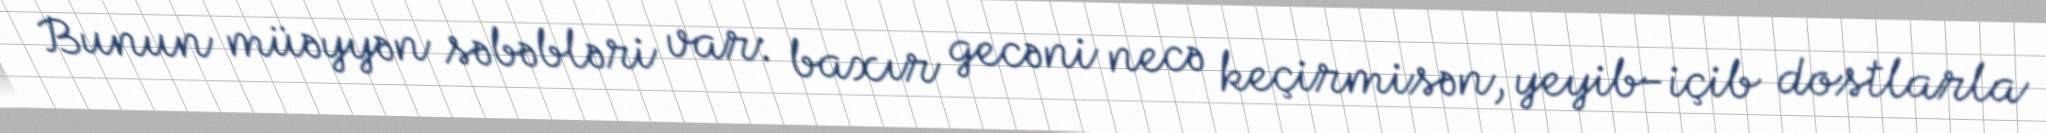
Bunun müəyyən səbəbləri var: baxır gecəni necə keçirmisən, yeyib-içib dostlarla